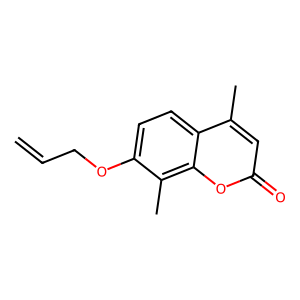
SMILES: C=CCOc1ccc2c(C)cc(=O)oc2c1C
Inhibits HIV replication: No